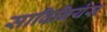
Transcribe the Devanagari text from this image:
साविनियंस